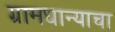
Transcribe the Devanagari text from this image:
ग्रामधान्याचा